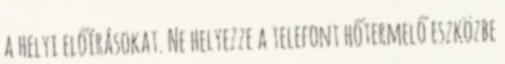
a helyi előírásokat. Ne helyezze a telefont hőtermelő eszközbe